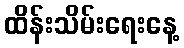
ထိန်းသိမ်းရေးနေ့